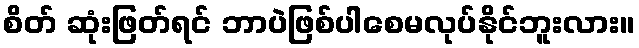
စိတ် ဆုံးဖြတ်ရင် ဘာပဲဖြစ်ပါစေမလုပ်နိုင်ဘူးလား။